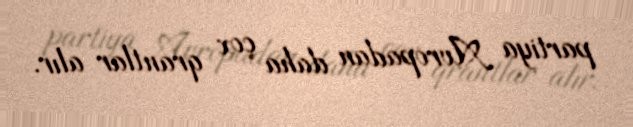
partiya Avropadan daha çox qrantlar alır.